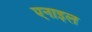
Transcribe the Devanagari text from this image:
एनाइल